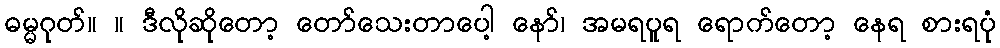
ဓမ္မဂုတ်။ ။ ဒီလိုဆိုတော့ တော်သေးတာပေါ့ နော်၊ အမရပူရ ရောက်တော့ နေရ စားရပုံ